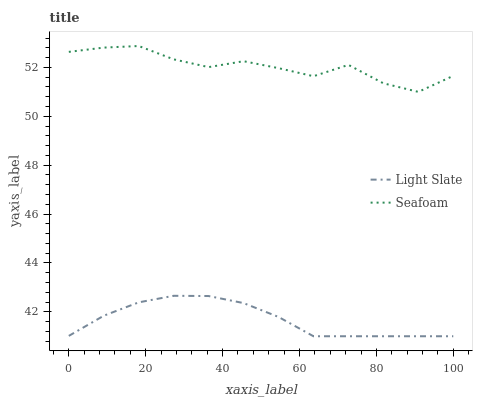
| xaxis_label | Light Slate | Seafoam |
 | --- | --- | --- |
 | 0 | 41 | 52.6 |
 | 9.09 | 41.8 | 52.8 |
 | 18.2 | 42.4 | 52.9 |
 | 27.3 | 42.7 | 52.3 |
 | 36.4 | 42.6 | 52 |
 | 45.5 | 42.4 | 52.3 |
 | 54.5 | 41.8 | 52 |
 | 63.6 | 41 | 51.6 |
 | 72.7 | 41 | 52.1 |
 | 81.8 | 41 | 51.3 |
 | 90.9 | 41 | 51 |
 | 100 | 41 | 51.7 |